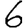
Digit: 6